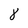
Character: 8